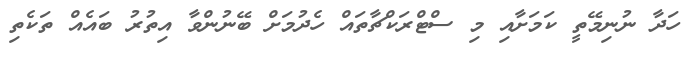
ހަދާ ނުނިމޭތީ ކަމަށާއި މި ސްޓްރަކްޗާތައް ހެދުމަށް ބޭނުންވާ އިތުރު ބައެއް ތަކެތި